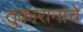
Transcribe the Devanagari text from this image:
तुकारानांचे